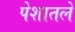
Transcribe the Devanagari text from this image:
पेशातले